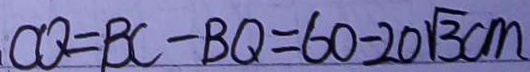
C Q = B C - B Q = 6 0 - 2 0 \sqrt { 3 } c m